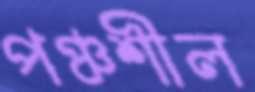
পঞ্চশীল